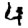
Digit: 4